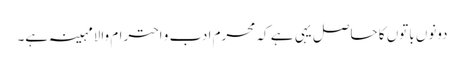
دونوں باتوں کا حاصل یہی ہے کہ محرم ادب و احترام والامہینہ ہے۔